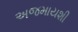
અજમાયશી